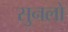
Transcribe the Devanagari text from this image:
सुनलो